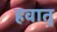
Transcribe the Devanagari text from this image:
हवातु